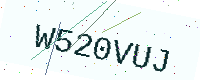
Text: W520VUJ